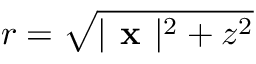
r = \sqrt { | \textbf { x } | ^ { 2 } + z ^ { 2 } }